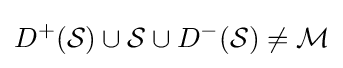
D^{+}({\mathcal {S}})\cup {\mathcal {S}}\cup D^{-}({\mathcal {S}})\not ={\mathcal {M}}